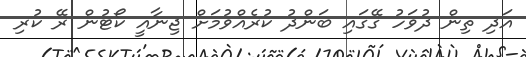
އަދި ތިން ދުވަހު ގޭގައި ބަންދު ކުރެއްވުމަށް ޖިނާއީ ކޯޓުން ރޭ ކުރި